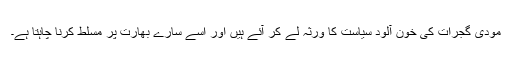
مودی گجرات کی خون آلود سیاست کا ورثہ لے کر آئے ہیں اور اسے سارے بھارت پر مسلط کرنا چاہتا ہے۔